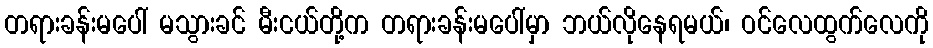
တရားခန်းမပေါ် မသွားခင် မီးငယ်တို့က တရားခန်းမပေါ်မှာ ဘယ်လိုနေရမယ်၊ ဝင်လေထွက်လေကို